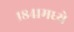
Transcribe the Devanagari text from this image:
१८४१मध्ये